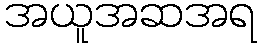
အယူအဆအရ